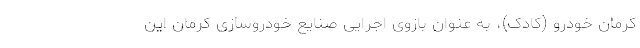
کرمان خودرو (کادک)، به عنوان بازوی اجرایی صنایع خودروسازی کرمان این